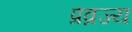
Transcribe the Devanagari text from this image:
प्रव्रज्य